Scientific memoirs by medical officers of the Army of India - Part VIII,
Year: 1894
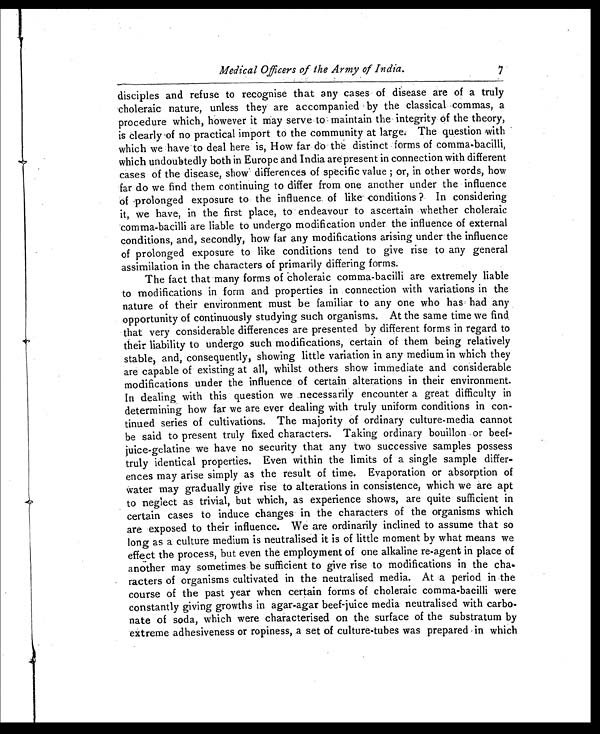
Medical Officers of the Army of India.
7
disciples and refuse to recognise that any cases of disease are of a truly
choleraic nature, unless they are accompanied by the classical commas, a
procedure which, however it may serve to maintain the integrity of the theory,
is clearly of no practical import to the community at large. The question with
which we have to deal here is, How far do the distinct forms of comma-bacilli,
which undoubtedly both in Europe and India are present in connection with different
cases of the disease, show' differences of specific value ; or, in other words, how
far do we find them continuing to differ from one another under the influence
of prolonged exposure to the influence of like. conditions ? In considering
it, we have, in the first place, to endeavour to ascertain whether choleraic
comma-bacilli are liable to undergo modification under the influence of external
conditions, and, secondly, how far any modifications arising under. the influence
of prolonged exposure to like conditions tend to give rise to any general
assimilation in the characters of primarily differing forms.
The fact that many forms of choleraic comma-bacilli are extremely liable
to modifications in form and properties in connection with variations in the
nature of their environment must be familiar to any one who has had any
opportunity of continuously studying such organisms. At the same time we find
that very considerable differences are presented by different forms in regard to
their liability to undergo such modifications, certain of them being relatively
stable, and, consequently, showing little variation in any medium in which they
are capable of existing at all, whilst others show immediate and considerable
modifications under the influence of certain alterations in their environment.
In dealing with this question we necessarily encounter a great difficulty in
determining how far we are ever dealing with truly uniform conditions in con-
tinued series of cultivations. The majority of ordinary culture-media cannot
be said to present truly fixed characters. Taking ordinary bouillon or beef-
juice-gelatine we have no security that any two successive samples possess
truly identical properties. Even within the limits of a single sample differ-
ences may arise simply as the result of time. Evaporation or absorption of
water may gradually give rise to alterations in consistence, which we are apt
to neglect as trivial, but which, as experience shows, are quite sufficient in
certain cases to induce changes in the characters of the organisms which
are exposed to their influence. We are ordinarily inclined to assume that so
long as a culture medium is neutralised it is of little moment by what means we
effect the process, but even the employment of one alkaline re-agent in place of
another may sometimes be sufficient to give rise to modifications in the cha
racters of organisms cultivated in the neutralised media. At a period in the
course of the past year when certain forms of choleraic comma-bacilli were
constantly giving growths in agar-agar beef-juice media neutralised with carbo-
nate of soda, which were characterised on the surface of the substratum by
extreme adhesiveness or ropiness, a set of culture-tubes was prepared in which